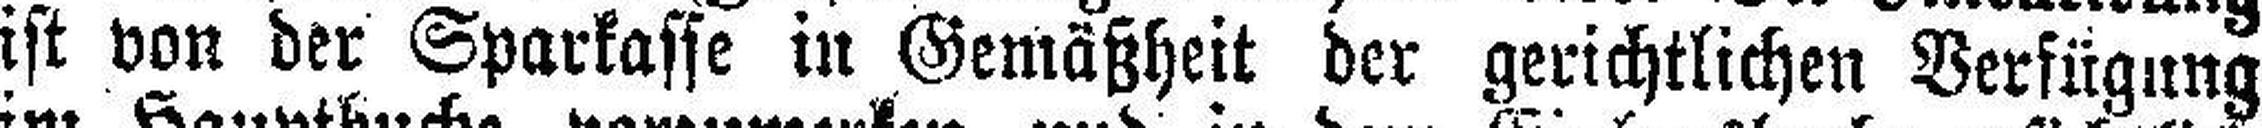
ist von der Sparkasse in Gemäßheit der gerichtlichen Verfügung